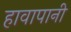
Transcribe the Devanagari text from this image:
हावापानी